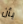
بأن